Civil Veterinary Dept. Bombay admin report 1932-41 - 1932-1941
Year: 1932
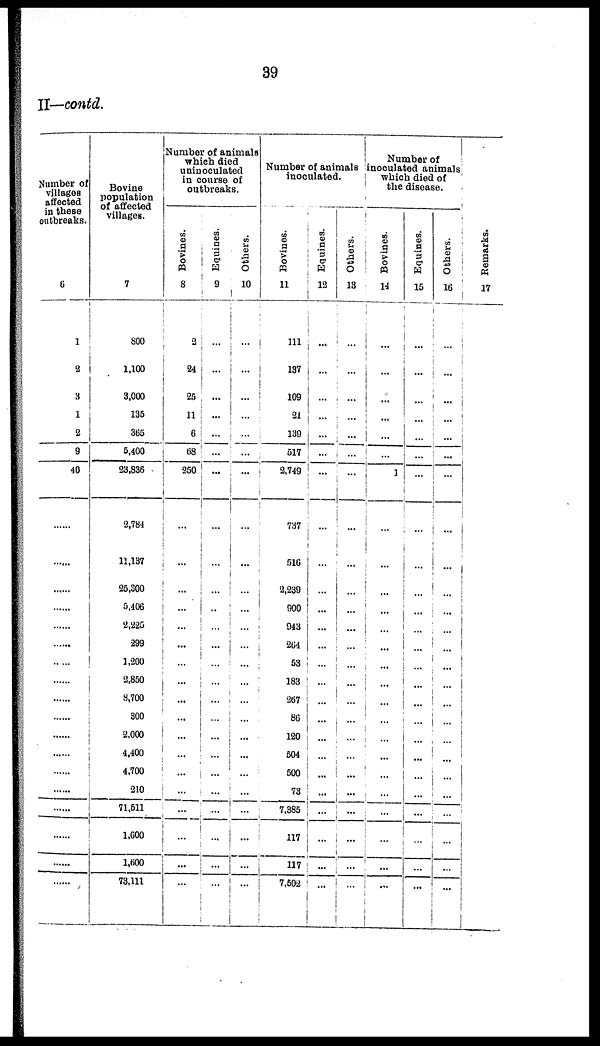
39
II—contd.
Number of
villages
affected
in these
outbreaks.
6
1
2
3
1
2
9
40
......
......
......
......
......
......
......
......
......
......
......
......
......
......
......
......
......
......
Bovine
population
of affected
villages.
7
800
1,100
3,000
135
365
5,400
23,836
2,784
11,137
25,300
5,406
2,225
299
1,200
2,850
8,700
300
2,000
4,400
4,700
210
71,511
1,600
1,600
73,111
Number of animals
which died
uninoculated
in course of
outbreaks.
Bovines.
8
2
24
25
11
6
68
250
...
...
...
...
...
...
...
...
...
...
...
...
...
...
...
...
...
...
Equines.
9
...
...
...
...
...
...
...
...
...
...
...
...
...
...
...
...
...
...
...
...
...
...
...
...
Others.
10
...
...
...
...
...
...
...
...
...
...
...
...
...
...
...
...
...
...
...
...
...
...
...
...
Number of animals
inoculated.
Bovines.
11
111
137
109
21
139
517
2,749
737
516
2,239
900
943
264
53
183
267
86
120
504
500
73
7,385
117
117
7,502
Equines.
12
...
...
...
...
...
...
...
...
...
...
...
...
...
...
...
...
...
...
...
...
...
...
...
...
Others.
13
...
...
...
...
...
...
...
...
...
...
...
...
...
...
...
...
...
...
...
...
...
...
...
...
Number of
inoculated animals
which died of
the disease.
Bovines.
14
...
...
...
...
...
...
1
...
...
...
...
...
...
...
...
...
...
...
...
...
...
...
...
...
...
Equines.
15
...
...
...
...
...
...
...
...
...
...
...
...
...
...
...
...
...
...
...
...
...
...
...
...
Others.
16
...
...
...
...
...
...
...
...
...
...
...
...
...
...
...
...
...
...
...
...
...
...
...
...
Re ma r
ks .
17